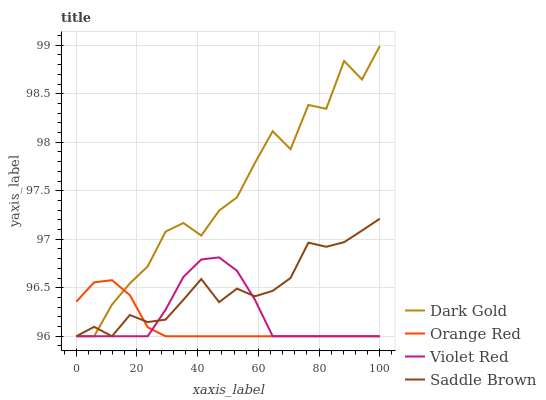
| xaxis_label | Dark Gold | Orange Red | Violet Red | Saddle Brown |
 | --- | --- | --- | --- | --- |
 | 0 | 96 | 96.4 | 96 | 96 |
 | 5.88 | 96 | 96.6 | 96 | 96.1 |
 | 11.8 | 96.3 | 96.6 | 96 | 96 |
 | 17.6 | 96.5 | 96.4 | 96 | 96.2 |
 | 23.5 | 96.7 | 96.1 | 96 | 96.1 |
 | 29.4 | 97.1 | 96 | 96.3 | 96.2 |
 | 35.3 | 97.2 | 96 | 96.6 | 96.4 |
 | 41.2 | 97 | 96 | 96.8 | 96.6 |
 | 47.1 | 97.3 | 96 | 96.8 | 96.4 |
 | 52.9 | 97.4 | 96 | 96.7 | 96.5 |
 | 58.8 | 97.8 | 96 | 96.4 | 96.4 |
 | 64.7 | 98.1 | 96 | 96 | 96.5 |
 | 70.6 | 97.9 | 96 | 96 | 96.6 |
 | 76.5 | 98.4 | 96 | 96 | 97 |
 | 82.4 | 98.3 | 96 | 96 | 96.9 |
 | 88.2 | 98.8 | 96 | 96 | 97 |
 | 94.1 | 98.6 | 96 | 96 | 97.1 |
 | 100 | 99 | 96 | 96 | 97.2 |